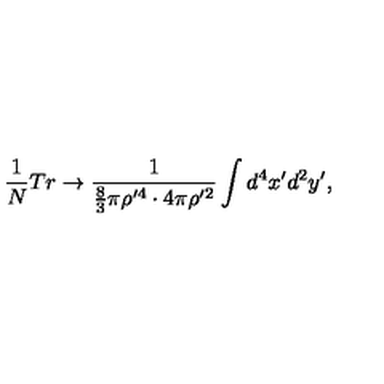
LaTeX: \frac { 1 } { N } T r \rightarrow \frac { 1 } { \frac { 8 } { 3 } \pi \rho ^ { \prime 4 } \cdot 4 \pi \rho ^ { \prime 2 } } \int d ^ { 4 } x ^ { \prime } d ^ { 2 } y ^ { \prime } ,